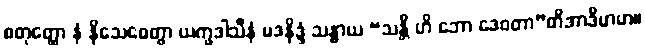
စတုတ္ထော နံ နိသေဓေတွာ ယက္ခဒါသီနံ မဒနိဒ္ဒံ သန္ဓာယ “သန္တိ ဟိ ဘော ဒေဝတာ”တိအာဒိမာဟ။